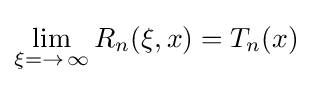
\lim _{\xi =\rightarrow \,\infty }R_{n}(\xi ,x)=T_{n}(x)